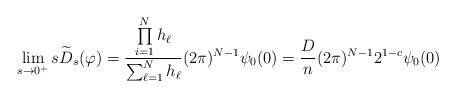
LaTeX: \begin{align*}\displaystyle \lim\limits_{s\to 0^+} s\widetilde{D}_s(\varphi)=\frac{\prod\limits_{i=1}^N h_\ell}{\sum_{\ell=1}^Nh_\ell} (2\pi)^{N-1}\psi_0(0)=\frac{D}{n} (2\pi)^{N-1} 2^{1-c} \psi_0(0)\end{align*}